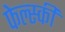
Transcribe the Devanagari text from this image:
फेल्स्की